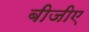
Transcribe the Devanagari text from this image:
बीजीए